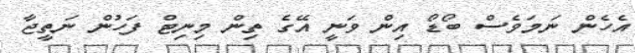
އެހެން ނަމަވެސް ބޯޑޯ އިން ވަނީ އޭގެ ތިން މިނިޓް ފަހުން ނަތީޖާ